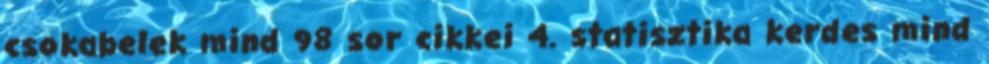
csokabelek mind 98 sor cikkei 4. statisztika kerdes mind